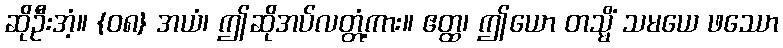
ဆိုဦးအံ့။ {၀၈} အယံ၊ ဤဆိုအပ်လတ္တံ့ကား။ ဧတ္ထ၊ ဤယော တသ္မိံ သမယေ ဖဿော